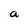
Character: a